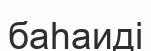
баһаиді